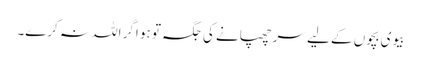
بیوی بچوں کے لیے سر چھپانے کی جگہ تو ہو اگر اللہ نہ کرے۔